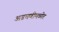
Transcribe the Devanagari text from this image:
अडचणीमध्येर